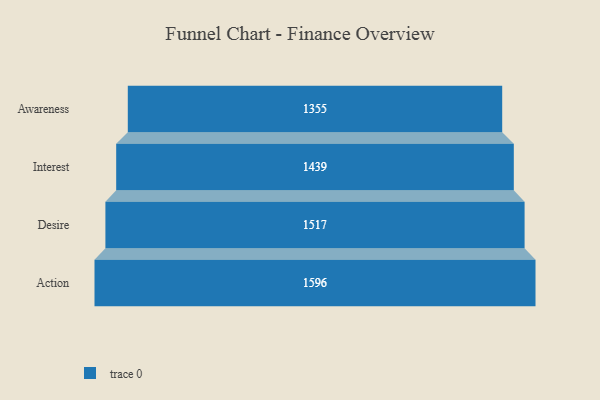
{"axis": {"x": "Stage", "y": "Value"}, "legend": [""], "data": [{"x": "Awareness", "y": 1355.0, "type": ""}, {"x": "Interest", "y": 1439.0, "type": ""}, {"x": "Desire", "y": 1517.0, "type": ""}, {"x": "Action", "y": 1596.0, "type": ""}]}